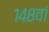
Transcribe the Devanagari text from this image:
१४८वां